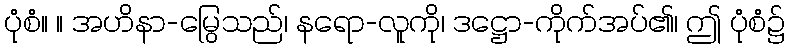
ပုံစံ။ ။ အဟိနာ-မြွေသည်၊ နရော-လူကို၊ ဒဋ္ဌော-ကိုက်အပ်၏၊ ဤ ပုံစံ၌